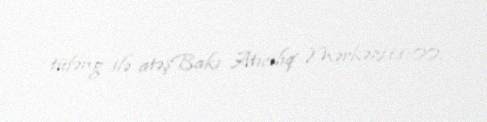
tüfəng ilə atəşBakı Atıcılıq Mərkəzi11:00.